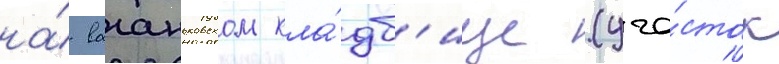
на́ ваганьковском кла́дб'ище (уча́сток